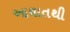
આઘાતથી